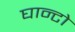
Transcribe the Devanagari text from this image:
घान्टो